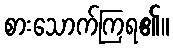
စားသောက်ကြရ၏။